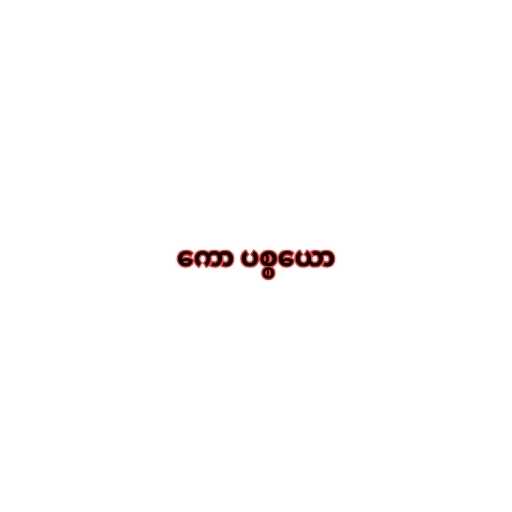
ကော ပစ္စယော